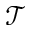
\mathcal { T }